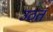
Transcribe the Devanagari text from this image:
उठतं